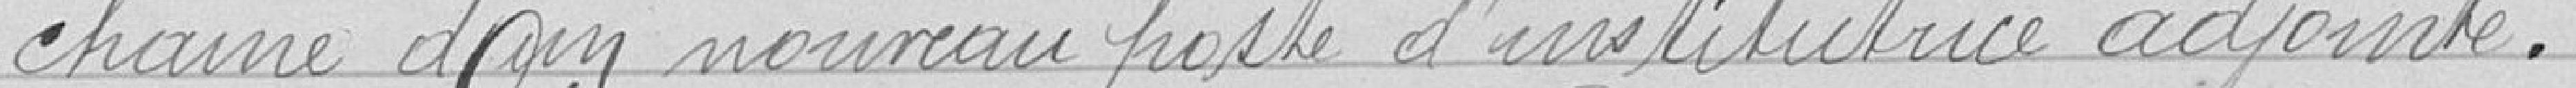
chaine d'un nouveau poste d'institutrice adjointe.